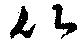
比